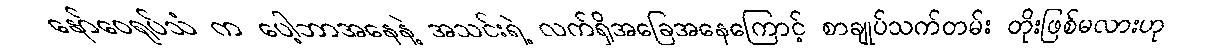
နော်ဝေရုပ်သံ က ပေါ့ဘာအနေနဲ့ အသင်းရဲ့ လက်ရှိအခြေအနေကြောင့် စာချုပ်သက်တမ်း တိုးဖြစ်မလားဟု